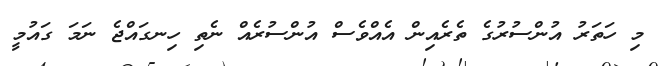
މި ހަތަރު އުންސުރުގެ ތެރެއިން އެއްވެސް އުންސުރެއް ނެތި ހިނގައްޖެ ނަމަ ގައުމީ